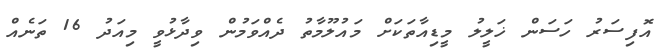
އޮފިސަރު ހަސަން ޚަލީލު މީޑިއާތަކަށް މައުލޫމާތު ދެއްވަމުން ވިދާޅުވީ މިއަދު 16 ތަނެއް